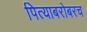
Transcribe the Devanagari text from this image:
पित्याबरोबरच